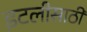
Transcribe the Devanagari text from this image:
इटलीसाठी